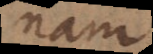
nam